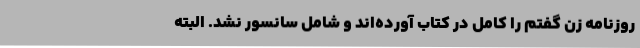
روزنامه زن گفتم را کامل در کتاب آورده‌اند و شامل سانسور نشد. البته